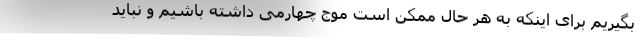
بگیریم برای اینکه به هر حال ممکن است موج چهارمی داشته باشیم و نباید